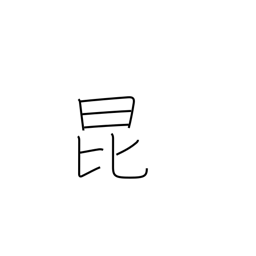
Meaning: insect